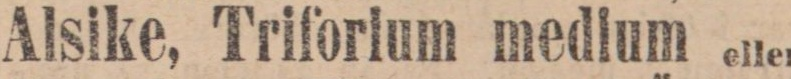
Alsike, Triforium medium eller